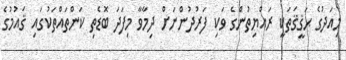
މިއަދުގެ ޙަޤީޤަތަކީ ރައްޔިތުންގެ ވަކި ފަރުދުންނަށް ދިމާވާ މިފަދަ ބޮޑެތި ކަންތައްތަކުގައި ޤައުމުގެ